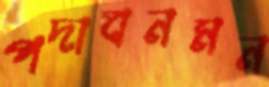
পদাবনমন